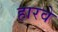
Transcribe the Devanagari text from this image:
हारवे